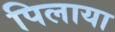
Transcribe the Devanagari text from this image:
पिलाया